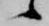
候